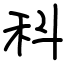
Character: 科